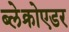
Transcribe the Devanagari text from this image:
ब्लेक्रोएडर